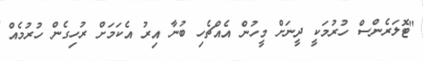
"ޓޮލަރެންސް ހުރުމަކީ ދީނަށް މީހުން އެއްޗެހި ބުނާ އިރު އެކަމަށް ރުހިގެން ހުރުމެއް